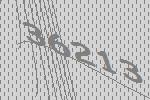
36213